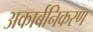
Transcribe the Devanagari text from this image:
अकार्बनिकरण